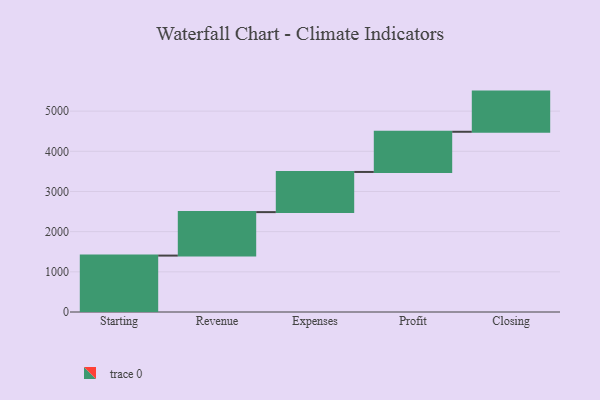
{"axis": {"x": "Step", "y": "Value"}, "legend": [""], "data": [{"x": "Starting", "y": 1404.0, "type": ""}, {"x": "Revenue", "y": 1082.0, "type": ""}, {"x": "Expenses", "y": 1000, "type": ""}, {"x": "Profit", "y": 1000, "type": ""}, {"x": "Closing", "y": 1000, "type": ""}]}